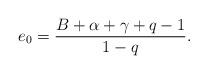
LaTeX: \begin{align*} e_0 = \frac{B + \alpha + \gamma + q - 1}{1 - q}.\end{align*}